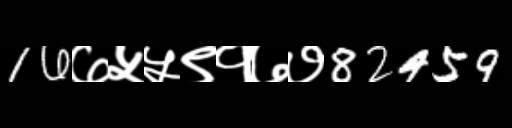
Text: 16७५५९१७७82459